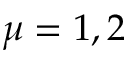
\mu = 1 , 2